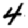
Digit: 4